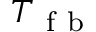
T _ { \mathrm { ~ f ~ b ~ } }